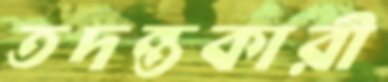
তদন্তকারী